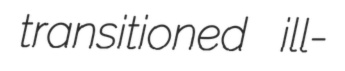
transitioned ill-